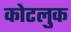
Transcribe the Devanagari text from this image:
कोटलुक